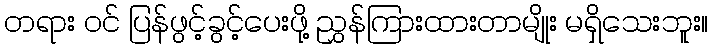
တရား ဝင် ပြန်ဖွင့်ခွင့်ပေးဖို့ ညွှန်ကြားထားတာမျိုး မရှိသေးဘူး။